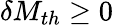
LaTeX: \delta M_{th}\ge 0